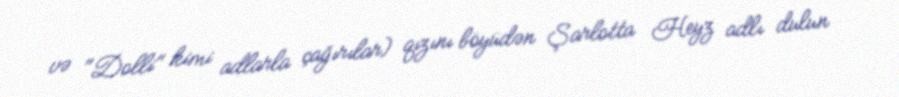
və "Dolli" kimi adlarla çağırılar) qızını böyüdən Şarlotta Heyz adlı dulun